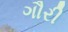
ગૌરી